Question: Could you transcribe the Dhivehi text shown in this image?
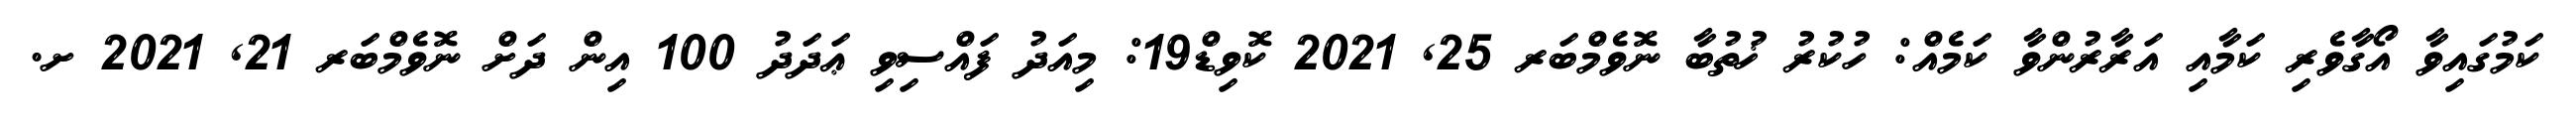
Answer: ކަމުގައިވާ އޯގާވެރި ކަމާއި އަރާރުންވާ ކަމެއް: ހުކުރު ޚުތުބާ ނޮވެމްބަރ 25, 2021 ކޮވިޑް19: މިއަދު ފައްސިވި ޢަދަދު 100 އިން ދަށް ނޮވެމްބަރ 21, 2021 ށ.